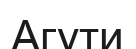
Агути